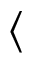
\langle